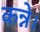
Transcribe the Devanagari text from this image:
कन्ने।